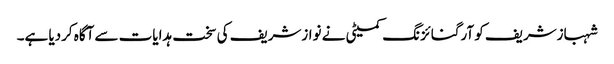
شہبازشریف کو آرگنائزنگ کمیٹی نے نوازشریف کی سخت ہدایات سے آگاہ کردیا ہے۔